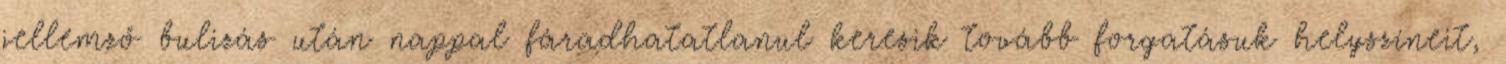
jellemző bulizás után nappal fáradhatatlanul keresik tovább forgatásuk helyszíneit,